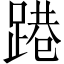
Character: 𨃈